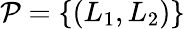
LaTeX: \mathcal{P}=\{ (L_{1},L_{2})\}